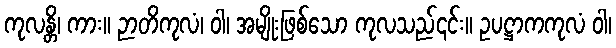
ကုလန္တိ၊ ကား။ ဉာတိကုလံ၊ ဝါ၊ အမျိုးဖြစ်သော ကုလသည်၎င်း။ ဥပဋ္ဌာကကုလံ ဝါ၊